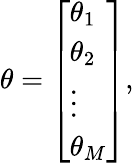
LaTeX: \mathbf{\theta}={\left[\begin{array}{l}{\theta_{1}}\\ {\theta_{2}}\\ {\vdots}\\ {\theta_{M}}\end{array}\right]},